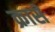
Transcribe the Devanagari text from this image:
क्रासॅ